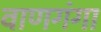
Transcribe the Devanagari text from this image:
वाणगंगा